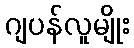
ဂျပန်လူမျိုး